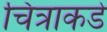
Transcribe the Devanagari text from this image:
चित्राकडे